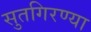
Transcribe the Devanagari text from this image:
सुतगिरण्या